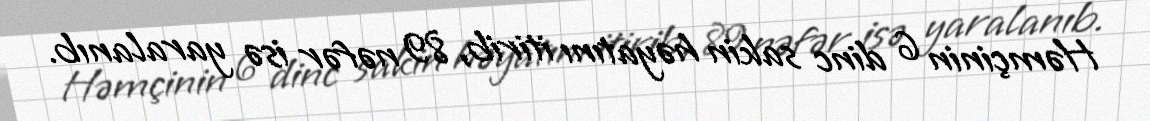
Həmçinin 6 dinc sakin həyatını itirib, 89 nəfər isə yaralanıb.